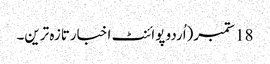
18 ستمبر(اُردو پوائنٹ اخبارتازہ ترین۔